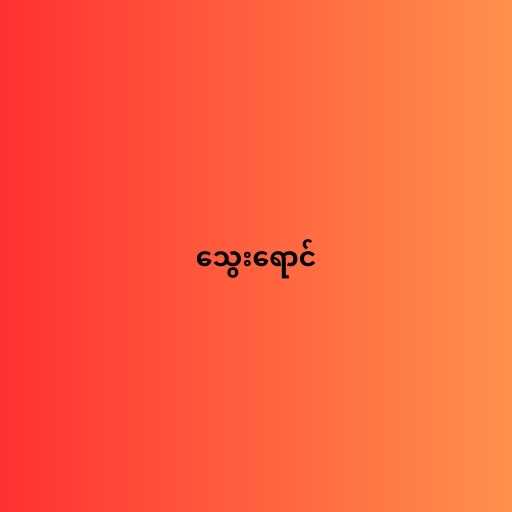
သွေးရောင်